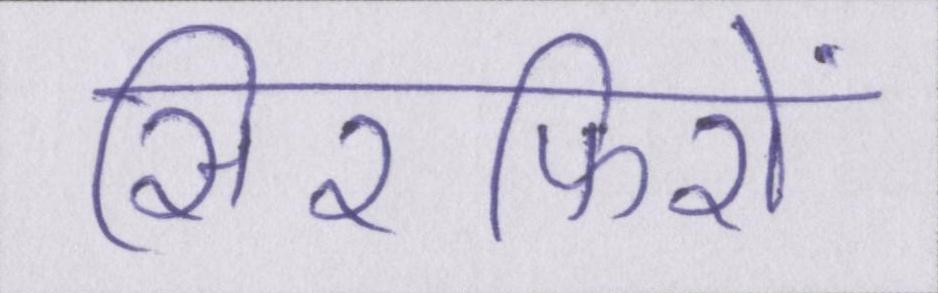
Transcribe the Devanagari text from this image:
सिरफिरों